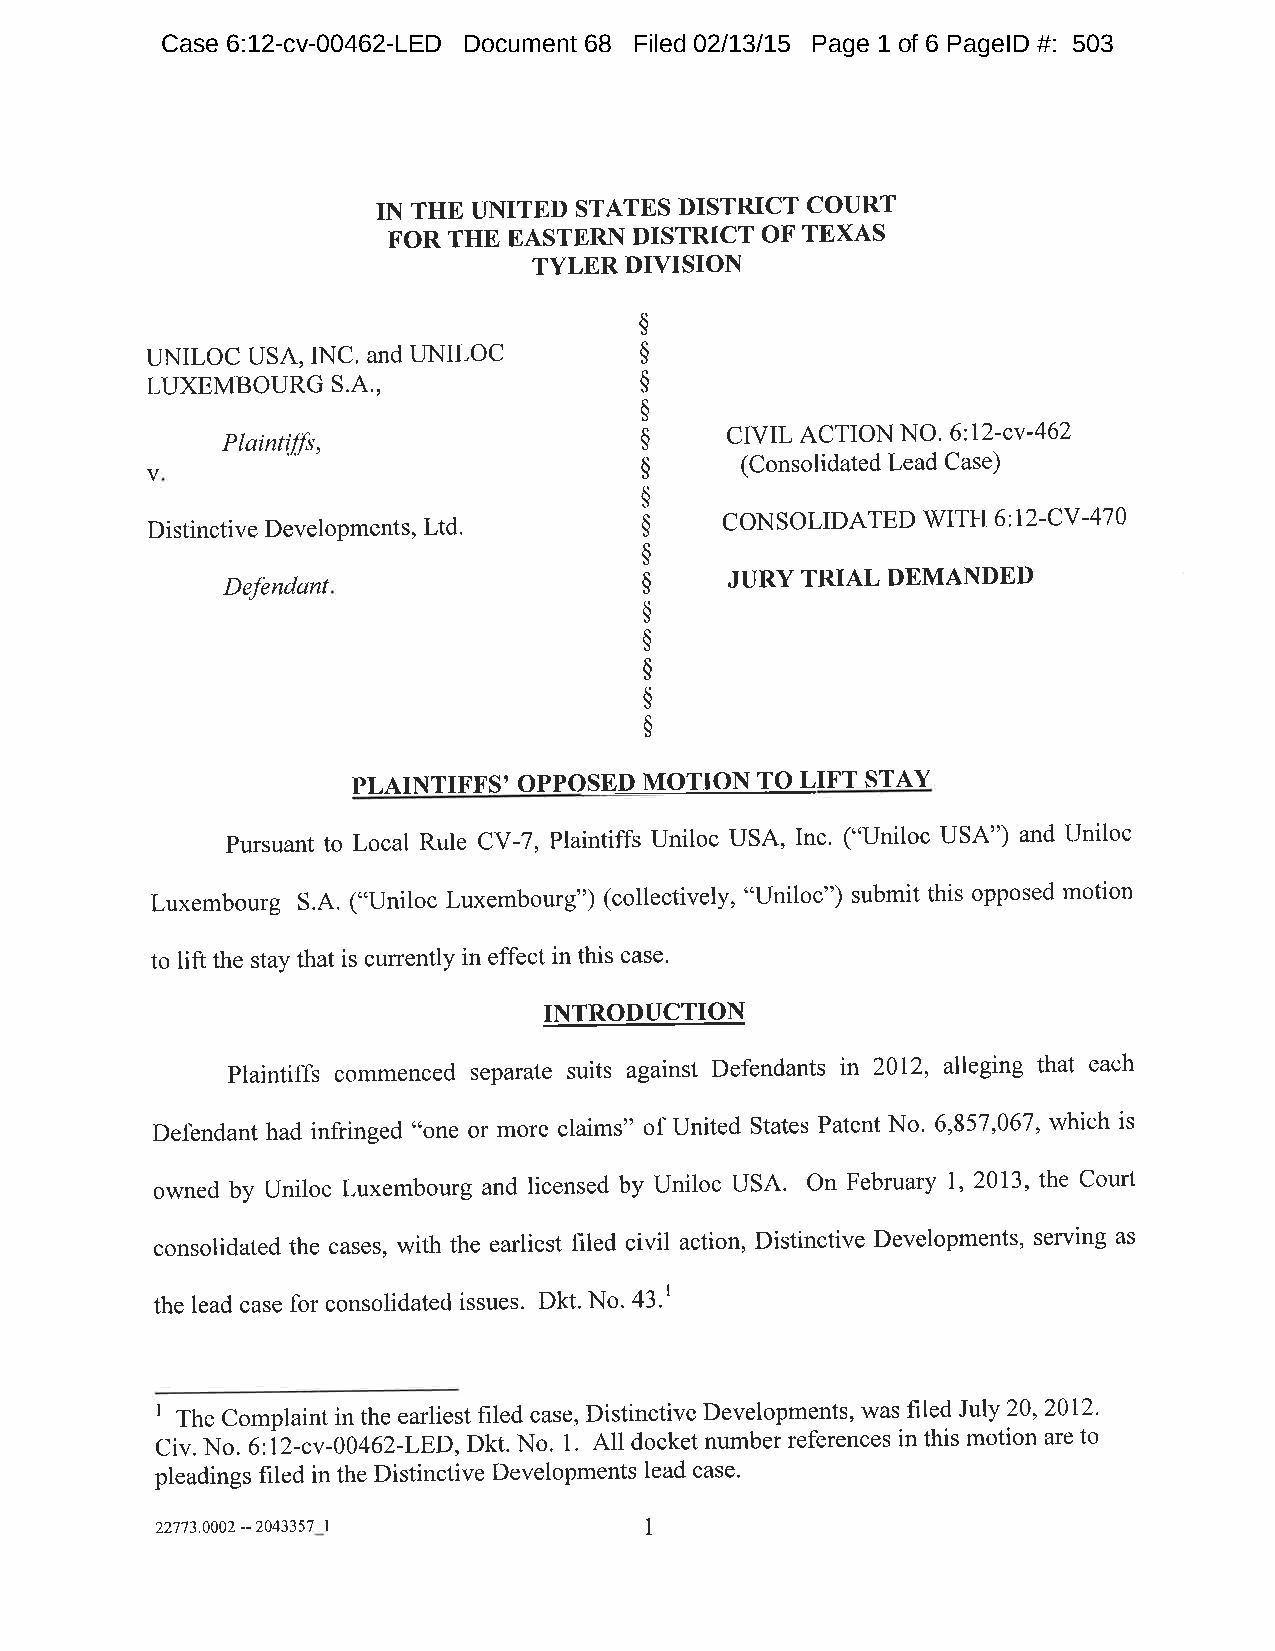
Case 6:12-cv-00462-LED Document 68 Filed 02/13/15 Page 1 of 6 PageID #: 503
 IN THE UNITED STATES DISTRICT COURT
 FOR THE EASTERN DISTRICT OF TEXAS
 TYLER DIVISION
 $
 UNILOC USA, INC. and I-INILOC   $
 LUXEMBOURG  S.4.,               $
 $
 CIVI ACTION NO. 6:12-cv-462
 Plaintiffs,                $
 (Consolidated Lead Case)
 V                                $
 $
 Distinctive DeveloPments, Ltd.   $    CONSOLIDATED V/ITH 6:12-CY -47 0
 $
 JURY TRIAL DEMANDED
 Defendant                   $
 $
 $
 $
 $
 $
 PLAINTIFFS' OPPOSED MOTION TO LIFT STAY
 pursuant to Local Rule CV-7, Plaintiffs Uniloc USA, Inc. ("Uniloc USA") and Uniloc
 Luxembourg S.A. ("Uniloc Luxembourg") (collectively, "Uniloc") submit this opposed motion
 to lift the stay that is currently in effect in this case'
 INTRODUCTION
 plaintiffs commenced separate suits against Defendants in 2012, alleging that each
 Defendant had infringed "one or more claims" of United States Patent No. 6,857,067, which is
 owned by Uniloc Luxembourg and licensed by Uniloc USA. On February 1,2013, the Court
 consolidated the cases, with the earliest filed civil action, Distinctive Developments, serving as
 the lead case for consolidated issues. Dkt' No. 43.1
 I
 The Complaint in the earliest filed case, Distinctive Developments, was filed July 20,2072'
 civ. No. 6:12-cv-00462-LED,Dkt. No. 1. All docket number references in this motion are to
 pleadings filed in the Distinctive Developments lead case'
 227'13.0002 -- 2043357 |         1